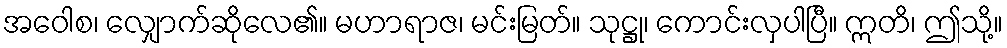
အဝေါစ၊ လျှောက်ဆိုလေ၏။ မဟာရာဇ၊ မင်းမြတ်။ သုဋ္ဌု၊ ကောင်းလှပါပြီ။ ဣတိ၊ ဤသို့။